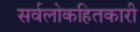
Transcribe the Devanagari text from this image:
सर्वलोकहितकारी